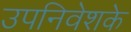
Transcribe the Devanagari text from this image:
उपनिवेशके